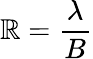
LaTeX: \mathbb{R}={\frac{{\lambda}}{{B}}}